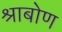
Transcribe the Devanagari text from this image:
श्राबोण